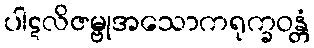
ပါဋလိဇမ္ဗုအသောကရုက္ခဝန္တံ